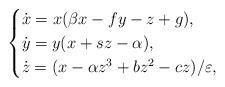
LaTeX: \begin{align*}\begin{cases}\dot x = x(\beta x - f y - z + g), \\\dot y = y (x + s z - \alpha), \\\dot z = (x - \alpha z^3 + b z^2 - c z) / \varepsilon ,\end{cases}\end{align*}